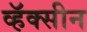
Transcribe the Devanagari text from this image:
व्हॅक्सीन